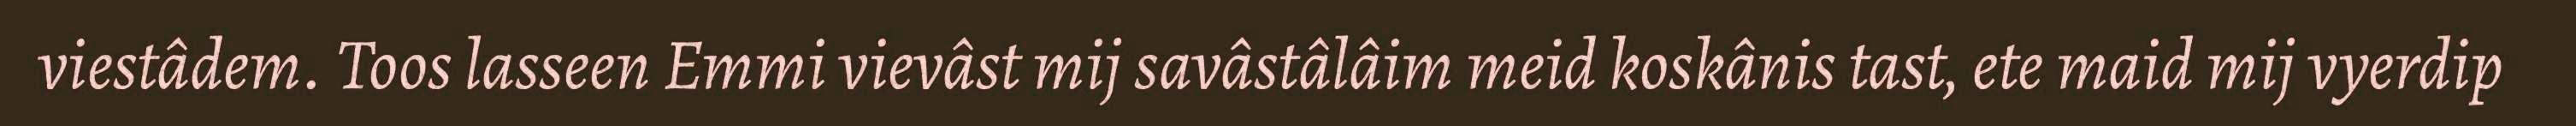
viestâdem. Toos lasseen Emmi vievâst mij savâstâlâim meid koskânis tast, ete maid mij vyerdip